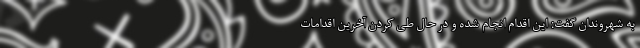
به شهروندان گفت: این اقدام انجام شده و در حال طی کردن آخرین اقدامات